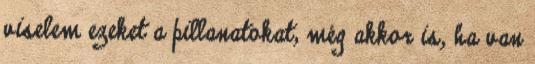
viselem ezeket a pillanatokat, még akkor is, ha van